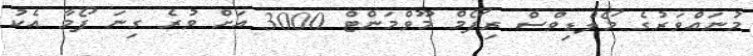
މުނައްވަރުގެ މޯލްޑިވްސް ރިފޯމް މޫވްމަންޓް 3000 އަށް ވުރެ ގިނަ ފޯމާ އެކު